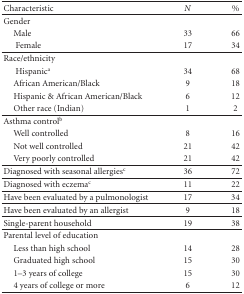
<table><thead><tr><td><b>Characteristic</b></td><td><b><i>N</i></b></td><td><b>%</b></td></tr></thead><tbody><tr><td>Gender</td><td></td><td></td></tr><tr><td>Male</td><td>33</td><td>66</td></tr><tr><td>Female</td><td>17</td><td>34</td></tr><tr><td>Race/ethnicity</td><td></td><td></td></tr><tr><td>Hispanic<sup>a</sup></td><td>34</td><td>68</td></tr><tr><td>African American/Black</td><td>9</td><td>18</td></tr><tr><td>Hispanic &amp; African American/Black</td><td>6</td><td>12</td></tr><tr><td>Other race (Indian)</td><td>1</td><td>2</td></tr><tr><td>Asthma control<sup>b</sup></td><td></td><td></td></tr><tr><td>Well controlled</td><td>8</td><td>16</td></tr><tr><td>Not well controlled</td><td>21</td><td>42</td></tr><tr><td>Very poorly controlled</td><td>21</td><td>42</td></tr><tr><td>Diagnosed with seasonal allergies<sup>c</sup></td><td>36</td><td>72</td></tr><tr><td>Diagnosed with eczema<sup>c</sup></td><td>11</td><td>22</td></tr><tr><td>Have been evaluated by a pulmonologist</td><td>17</td><td>34</td></tr><tr><td>Have been evaluated by an allergist</td><td>9</td><td>18</td></tr><tr><td>Single-parent household</td><td>19</td><td>38</td></tr><tr><td>Parental level of education</td><td></td><td></td></tr><tr><td>Less than high school</td><td>14</td><td>28</td></tr><tr><td>Graduated high school</td><td>15</td><td>30</td></tr><tr><td>1–3 years of college</td><td>15</td><td>30</td></tr><tr><td>4 years of college or more</td><td>6</td><td>12</td></tr></tbody></table>